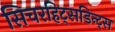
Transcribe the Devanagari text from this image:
सिचरहिट्सडिन्ट्स